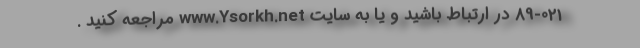
89-021 در ارتباط باشید و یا به سایت www.Ysorkh.net مراجعه کنید .